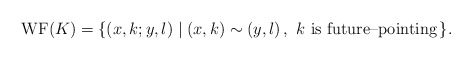
\begin{align*}{\rm WF}(K)=\{ (x,k;y,l)\mid (x,k)\sim (y,l)\, ,\ k\mbox{ is future--pointing}\, \}.\end{align*}